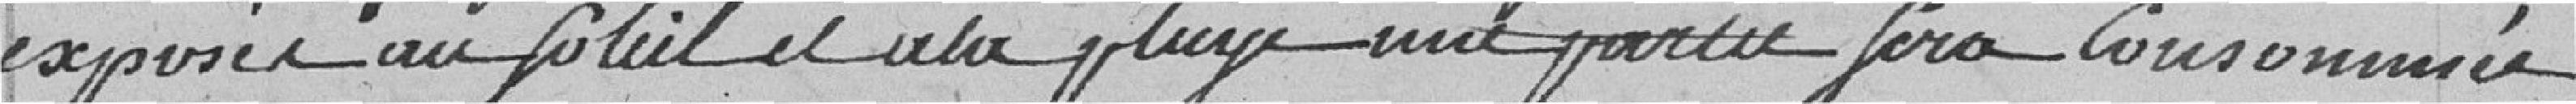
exposés au soleil et à la pluie